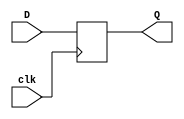
//1 bit data DFF

module DFlipFlop(
	input  D, clk,
	output reg Q
	);
	
	always @(posedge clk) Q = D; 
	
endmodule